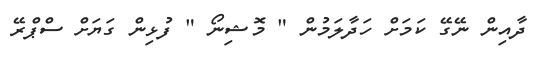
ދާއިން ނޭގޭ ކަމަށް ހަދާލަމުން " މޮޝިނޯ " ފުޅިން ގަޔަށް ސްޕްރޭ